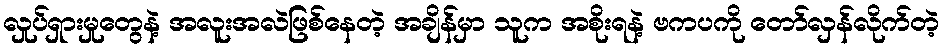
လှုပ်ရှားမှုတွေနဲ့ အလူးအလဲဖြစ်နေတဲ့ အချိန်မှာ သူက အစိုးရနဲ့ ဗကပကို တော်လှန်လိုက်တဲ့